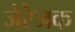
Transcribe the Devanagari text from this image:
जेरेजक